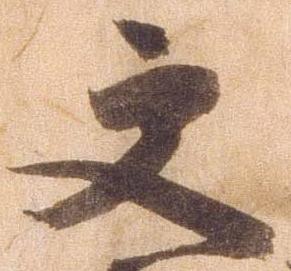
更